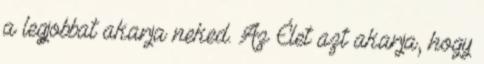
a legjobbat akarja neked. Az Élet azt akarja, hogy